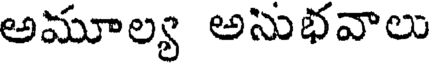
అమూల్య అసుభవాలు